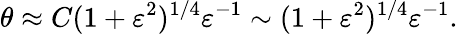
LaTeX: \theta\approx C(1+\varepsilon^{2})^{1/4}\varepsilon^{-1}\sim(1+\varepsilon^{2})^{1/4}\varepsilon^{-1}.